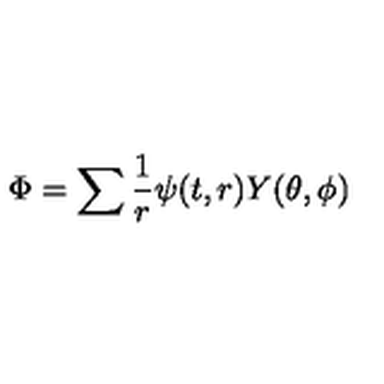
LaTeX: \Phi = \sum \displaystyle \frac { 1 } { r } \psi ( t , r ) Y ( \theta , \phi )